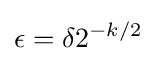
\epsilon =\delta 2^{-k/2}